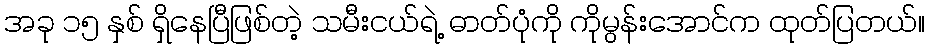
အခု ၁၅ နှစ် ရှိနေပြီဖြစ်တဲ့ သမီးငယ်ရဲ့ ဓာတ်ပုံကို ကိုမွန်းအောင်က ထုတ်ပြတယ်။